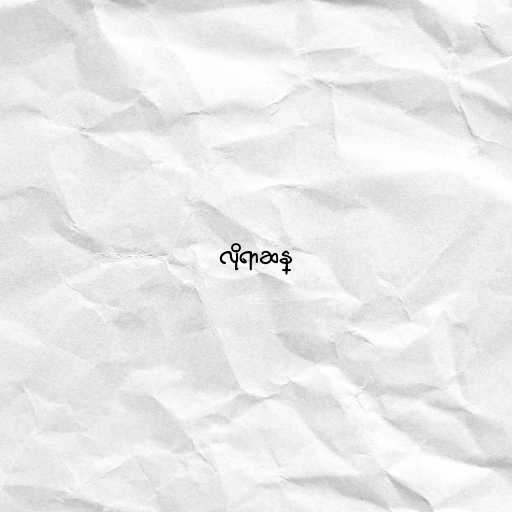
လိုရာဆန္